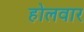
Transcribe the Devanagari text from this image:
होलवार